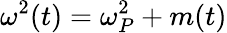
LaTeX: \omega^{2}(t)=\omega_{P}^{2}+m(t)